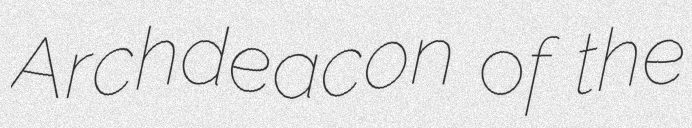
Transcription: Archdeacon of the